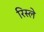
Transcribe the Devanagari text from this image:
रिस्ले